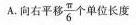
A. 向右平移\frac{π}{6}个单位长度